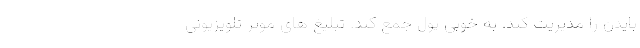
بایدن را مدیریت کند. به خوبی پول جمع کند. تبلیغ های موثر تلویزیونی